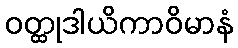
ဝတ္ထုဒါယိကာဝိမာနံ